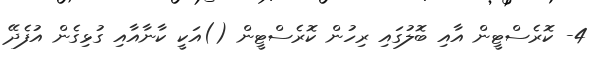
4- ކޮރެސްޓީން އާއި ބޮލުގައި ރިހުން ކޮރެސްޓީން ()އަކީ ކާނާއާއި ގުޅިގެން އުފެދޭ